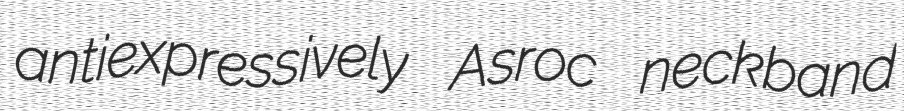
antiexpressively Asroc neckband